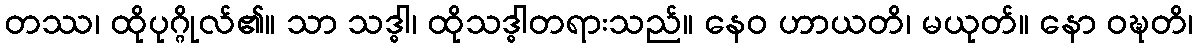
တဿ၊ ထိုပုဂ္ဂိုလ်၏။ သာ သဒ္ဓါ၊ ထိုသဒ္ဓါတရားသည်။ နေဝ ဟာယတိ၊ မယုတ်။ နော ဝဍ္ဎတိ၊